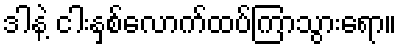
ဒါနဲ့ ငါးနှစ်လောက်ထပ်ကြာသွားရော။